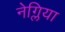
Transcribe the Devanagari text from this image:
नेग्लिया